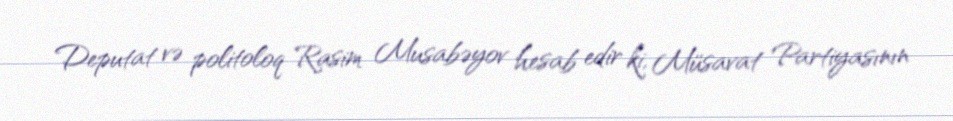
Deputat və politoloq Rasim Musabəyov hesab edir ki, Müsavat Partiyasının